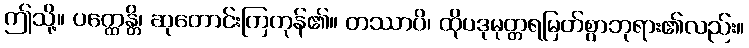
ဤသို့။ ပတ္ထေန္တိ၊ ဆုတောင်းကြကုန်၏။ တဿာပိ၊ ထိုပဒုမုတ္တရမြတ်စွာဘုရား၏လည်း။